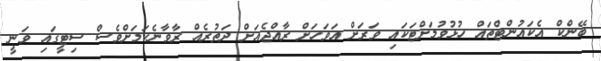
ބޭންކް އެކައުންޓްތައް ހުޅުވުމަށްޓަކައި ވަރަށް އަވަހަށް ރާއްޖެއަށް ދަތުރެއް ރާވާނެކަމަށްވެސް ސިޓީގައި ވަނީ